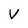
Character: V